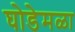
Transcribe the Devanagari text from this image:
घोडेमळा